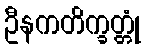
ဦနကတိက္ခတ္တုံ